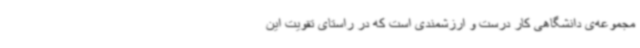
مجموعه‌ی دانشگاهی کار درست و ارزشمندی است که در راستای تقویت این